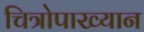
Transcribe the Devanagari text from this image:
चित्रोपाख्यान